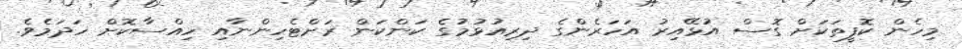
މިހެން ކޮފީތަކަށް ގޮސް އުޅޭއިރު އަހަރެންގެ ދިރިއުޅުމުގެ ކަންކަން ރަށްޓެހިންނާއި ހިއްސާކޮށް ހަދަމެވެ.